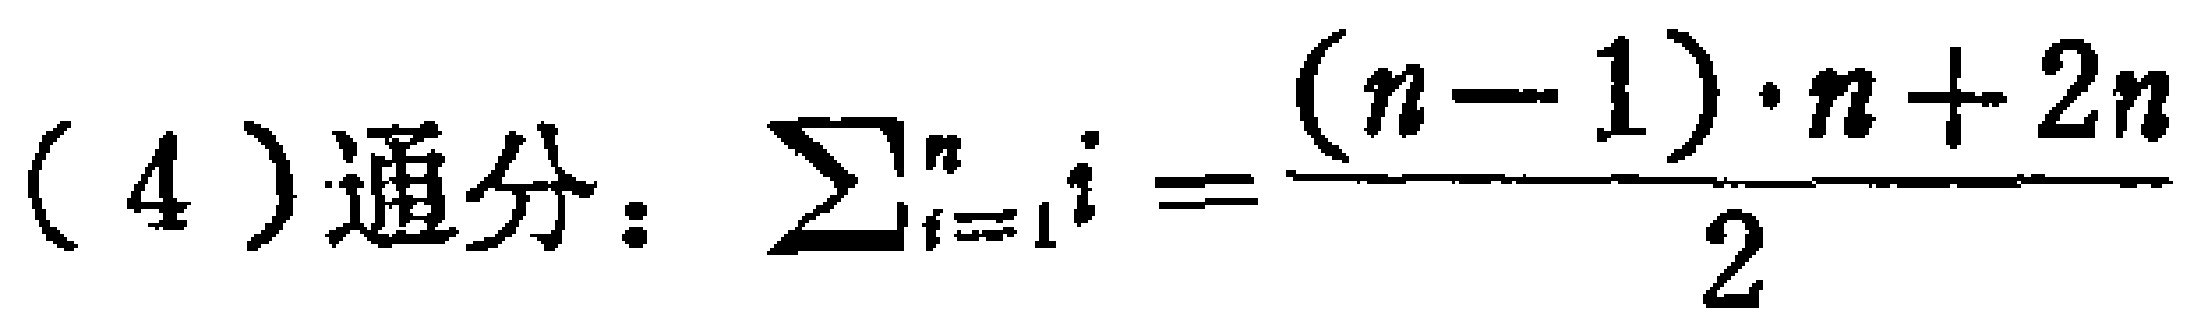
(4) 通分：$\sum_{i = 1}^{n} i = \frac{(n - 1) \cdot n + 2n}{2}$